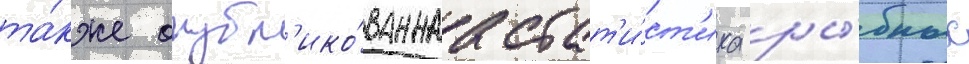
та́кже опубл'ико́ваннаа стат'и́ст'ика ры́бных